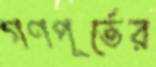
গণপূর্তের